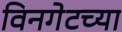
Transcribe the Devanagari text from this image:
विनगेटच्या